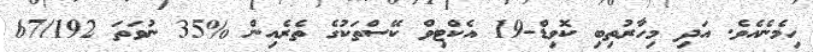
ހިމެނެއެވެ. އަދި މިހާރުތިބި ކޮވިޑް-19 އެކްޓިވް ކޭސްތަކުގެ ތެރެއިން %35 ނުވަތަ 67/192